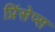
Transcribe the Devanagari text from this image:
प्रिंसेप्स